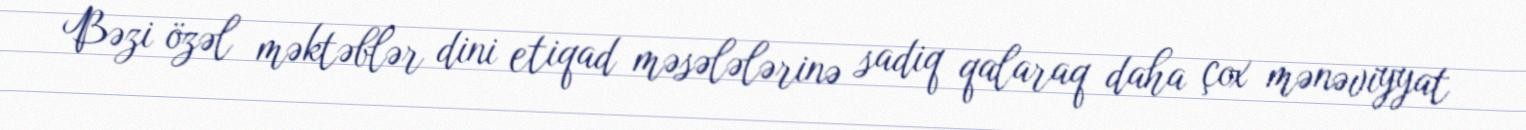
Bəzi özəl məktəblər dini etiqad məsələlərinə sadiq qalaraq daha çox mənəviyyat